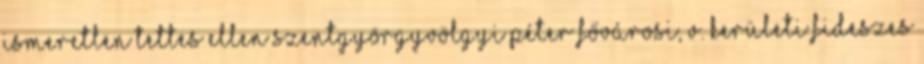
ismeretlen tettes ellen Szentgyörgyvölgyi Péter fővárosi, V. kerületi fideszes